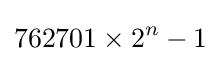
762701\times 2^{n}-1